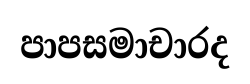
පාපසමාචාරද